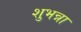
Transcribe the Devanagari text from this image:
शुभन्ना